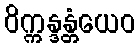
ဝိက္ကန္ဒန္တံယေဝ